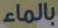
بالماء